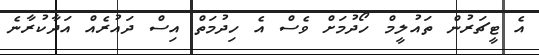
އެ ޓީޗަރުން ތައުލީމް ހޯދުމަށް ވެސް އެ ހިދުމަތް އިސް ދައުރެއް އަދާކުރާނެ